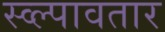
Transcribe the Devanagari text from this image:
स्व्ल्पावतार